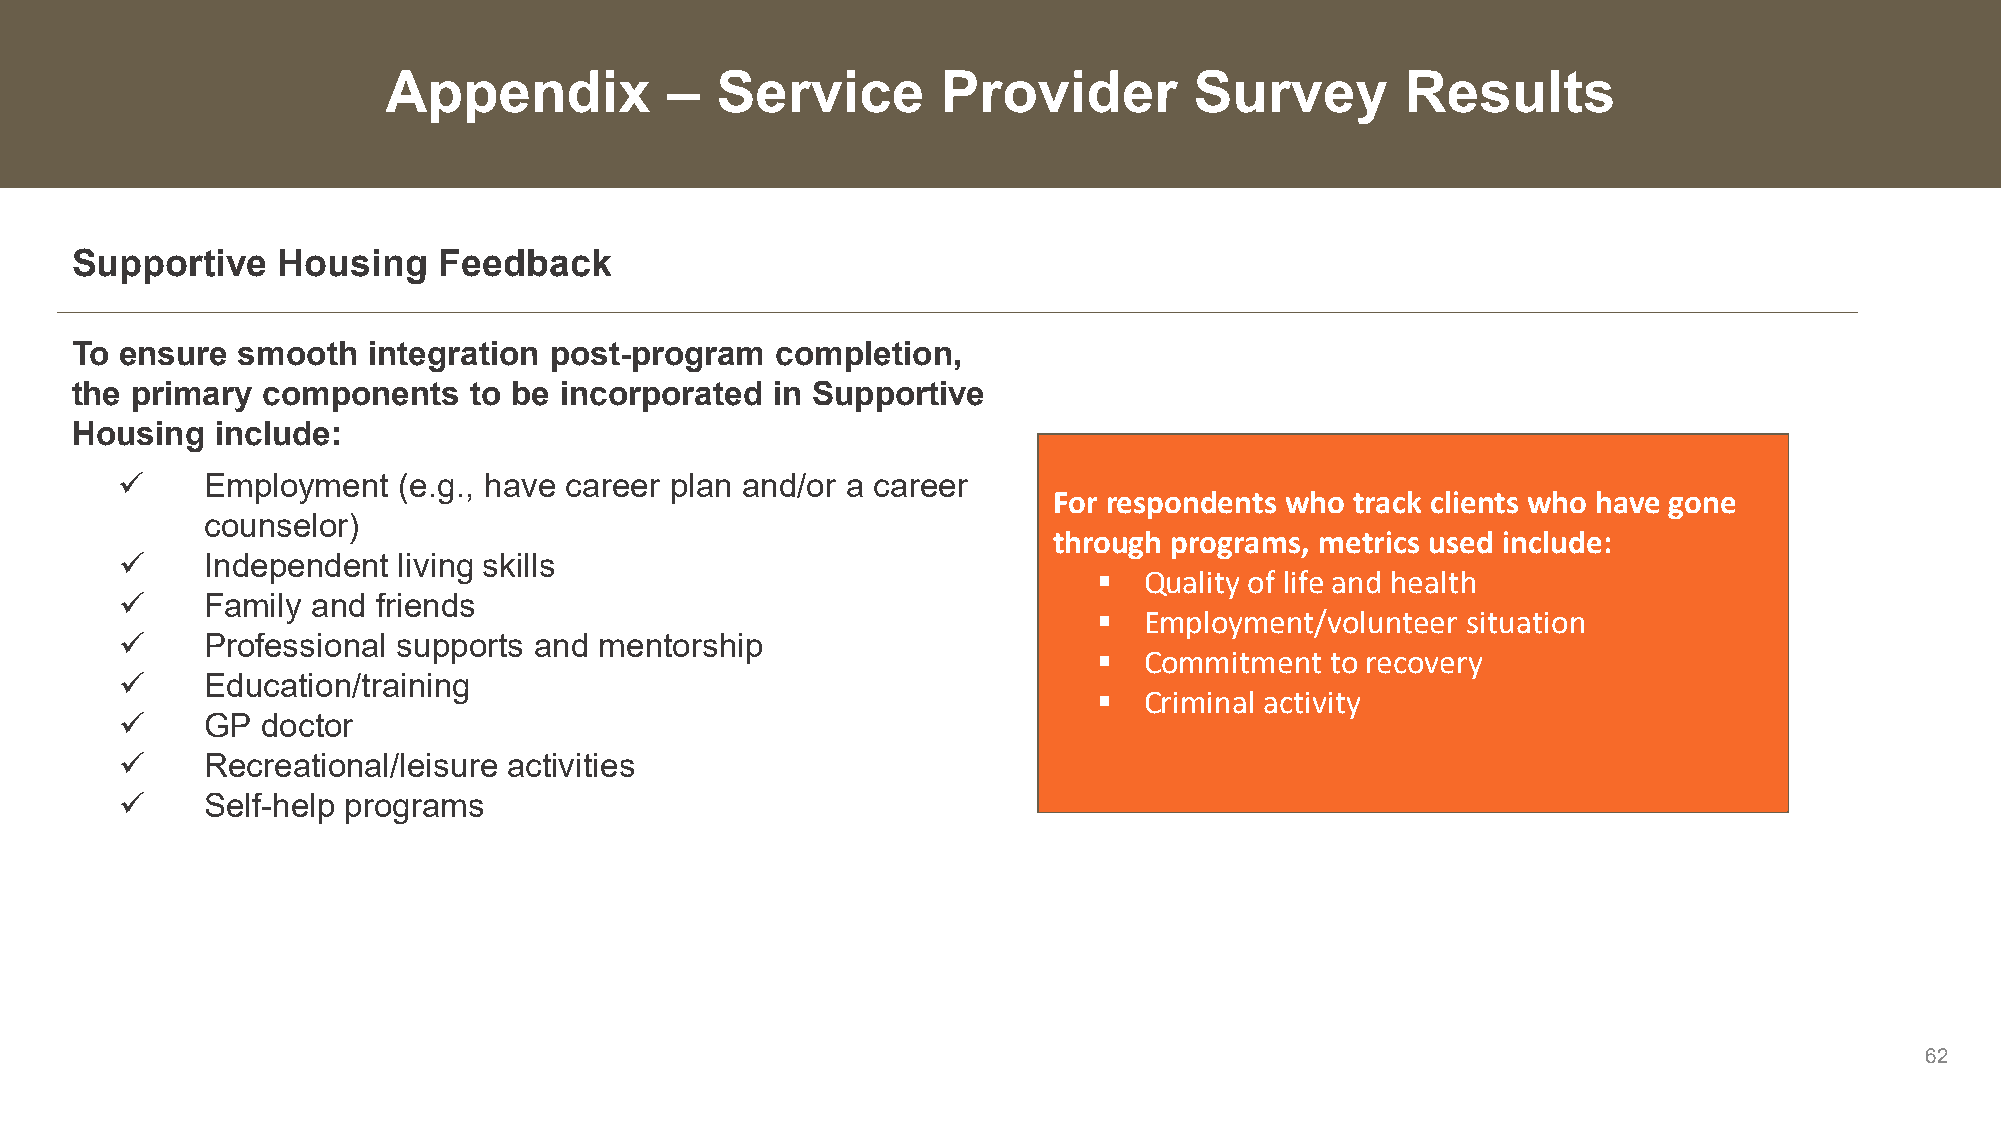
Appendix          –  Service        Provider         Survey        Results
 Supportive   Housing    Feedback
 To ensure  smooth  integration post-program   completion,
 the primary components    to be incorporated  in Supportive
 Housing  include:
     Employment   (e.g., have career plan and/or a career
 For respondents who track clients who have gone
 counselor)
 through programs, metrics used include:
     Independent  living skills
   Quality of life and health
     Family  and friends
   Employment/volunteer situation
     Professional supports and  mentorship
   Commitment  to recovery
     Education/training
   Criminal activity
     GP  doctor
     Recreational/leisure activities
     Self-help programs
 62